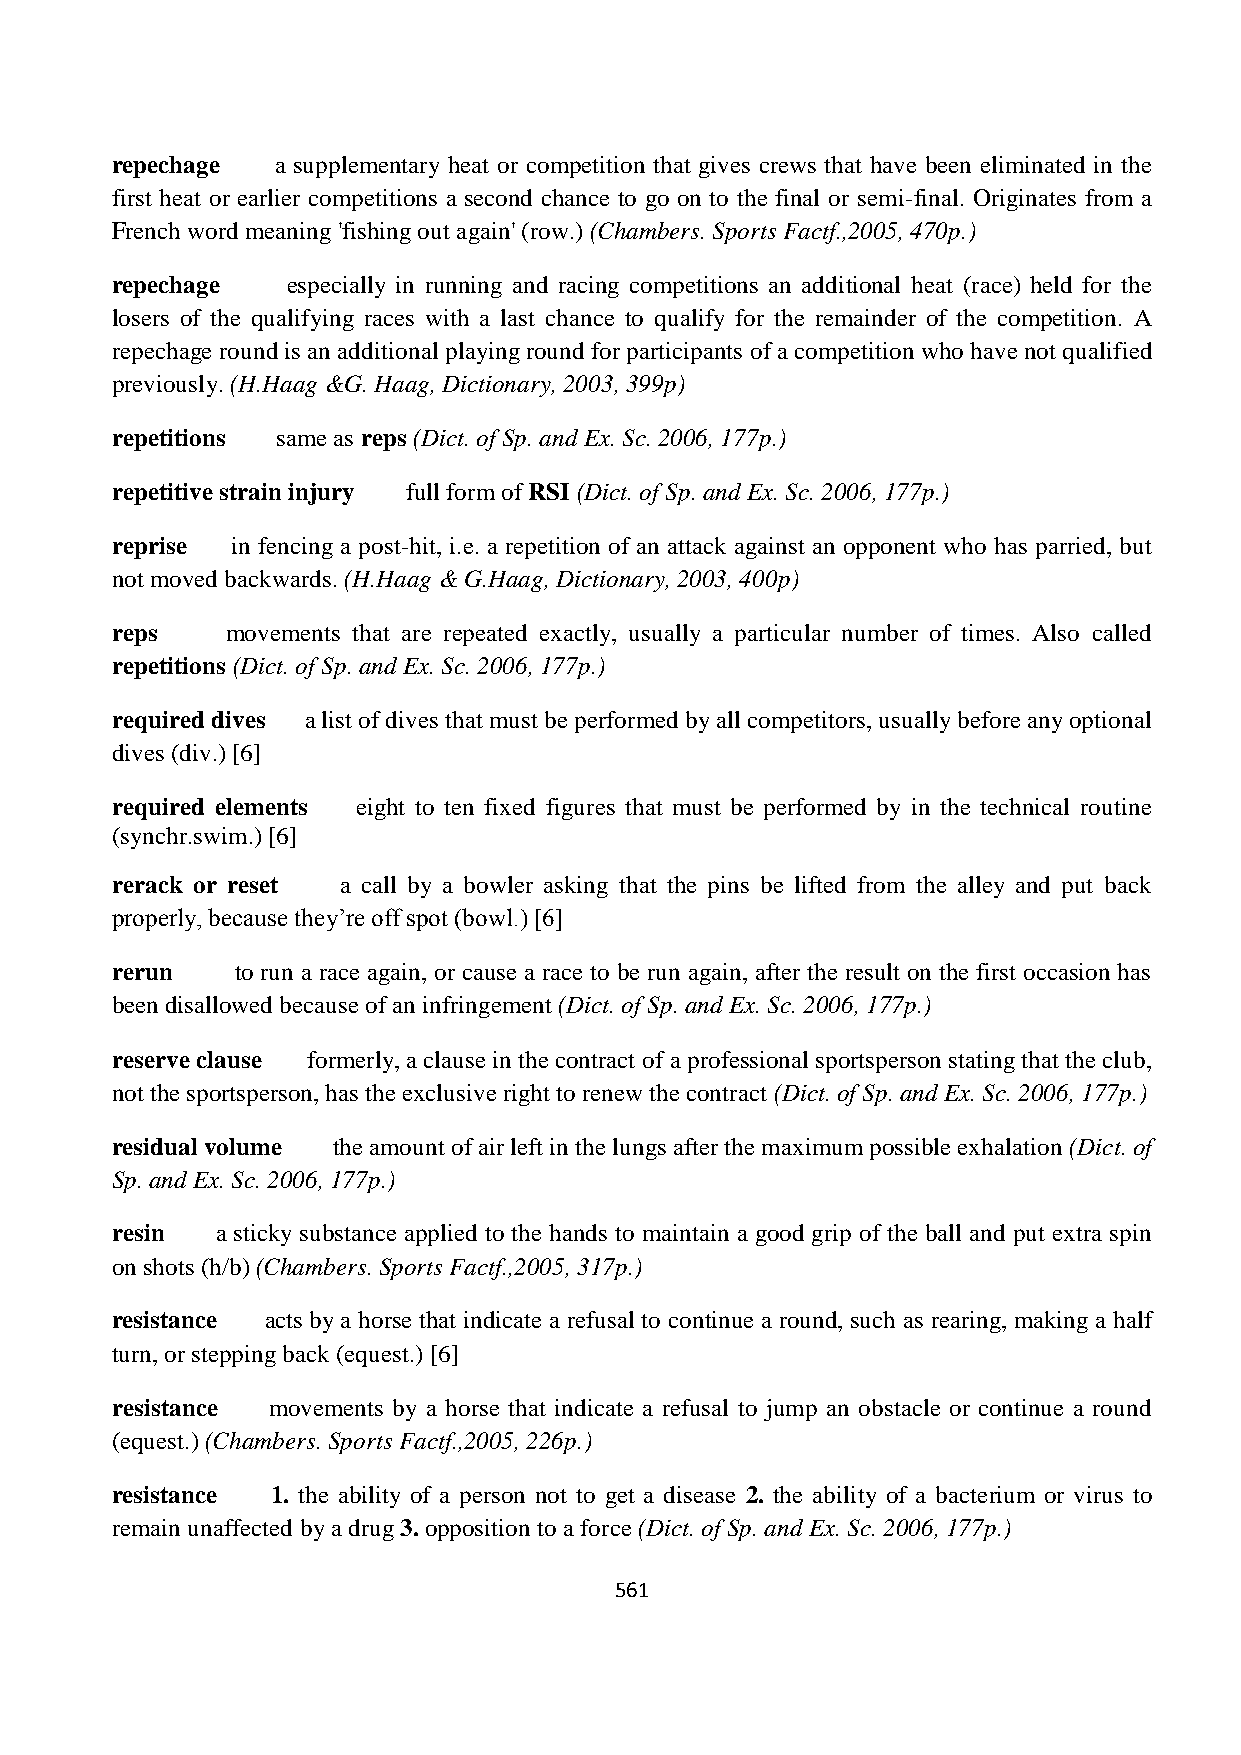
repechage  a supplementary heat or competition that gives crews that have been eliminated in the
 first heat or earlier competitions a second chance to go on to the final or semi-final. Originates from a
 French word meaning 'fishing out again' (row.) (Chambers. Sports Factf.,2005, 470p.)
 repechage   especially in running and racing competitions an additional heat (race) held for the
 losers of the qualifying races with a last chance to qualify for the remainder of the competition. A
 repechage round is an additional playing round for participants of a competition who have not qualified
 previously. (H.Haag &G. Haag, Dictionary, 2003, 399p)
 repetitions same as reps (Dict. of Sp. and Ex. Sc. 2006, 177p.)
 repetitive strain injury full form of RSI (Dict. of Sp. and Ex. Sc. 2006, 177p.)
 reprise in fencing a post-hit, i.e. a repetition of an attack against an opponent who has parried, but
 not moved backwards. (H.Haag & G.Haag, Dictionary, 2003, 400p)
 reps    movements that are repeated exactly, usually a particular number of times. Also called
 repetitions (Dict. of Sp. and Ex. Sc. 2006, 177p.)
 required dives a list of dives that must be performed by all competitors, usually before any optional
 dives (div.) [6]
 required elements eight to ten fixed figures that must be performed by in the technical routine
 (synchr.swim.) [6]
 rerack or reset a call by a bowler asking that the pins be lifted from the alley and put back
 properly, because they’re off spot (bowl.) [6]
 rerun    to run a race again, or cause a race to be run again, after the result on the first occasion has
 been disallowed because of an infringement (Dict. of Sp. and Ex. Sc. 2006, 177p.)
 reserve clause formerly, a clause in the contract of a professional sportsperson stating that the club,
 not the sportsperson, has the exclusive right to renew the contract (Dict. of Sp. and Ex. Sc. 2006, 177p.)
 residual volume the amount of air left in the lungs after the maximum possible exhalation (Dict. of
 Sp. and Ex. Sc. 2006, 177p.)
 resin  a sticky substance applied to the hands to maintain a good grip of the ball and put extra spin
 on shots (h/b) (Chambers. Sports Factf.,2005, 317p.)
 resistance acts by a horse that indicate a refusal to continue a round, such as rearing, making a half
 turn, or stepping back (equest.) [6]
 resistance movements by a horse that indicate a refusal to jump an obstacle or continue a round
 (equest.) (Chambers. Sports Factf.,2005, 226p.)
 resistance 1. the ability of a person not to get a disease 2. the ability of a bacterium or virus to
 remain unaffected by a drug 3. opposition to a force (Dict. of Sp. and Ex. Sc. 2006, 177p.)
 561